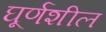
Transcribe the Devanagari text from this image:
घूर्णशील